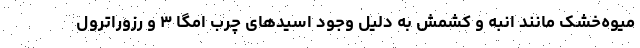
میوه‌خشک مانند انبه و کشمش به دلیل وجود اسیدهای چرب امگا ۳ و رزوراترول